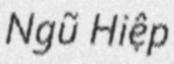
Ngũ Hiệp